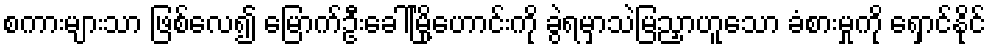
စကားများသာ ဖြစ်လေ၍ မြောက်ဦးခေါ်မြို့ဟောင်းကို ခွဲရမှာသဲမြညှာဟူသော ခံစားမှုကို ရှောင်နိုင်